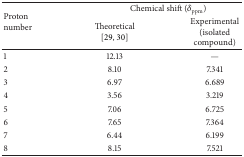
<table><thead><tr><td rowspan="2"><b>Proton number</b></td><td colspan="2"><b>Chemical shift (<i>δ</i><sub>ppm</sub>)</b></td></tr><tr><td><b>Theoretical[29, 30]</b></td><td><b>Experimental (isolated compound)</b></td></tr></thead><tbody><tr><td>1</td><td>12.13</td><td>—</td></tr><tr><td>2</td><td>8.10</td><td>7.341</td></tr><tr><td>3</td><td>6.97</td><td>6.689</td></tr><tr><td>4</td><td>3.56</td><td>3.219</td></tr><tr><td>5</td><td>7.06</td><td>6.725</td></tr><tr><td>6</td><td>7.65</td><td>7.364</td></tr><tr><td>7</td><td>6.44</td><td>6.199</td></tr><tr><td> 8</td><td>8.15</td><td>7.521</td></tr></tbody></table>